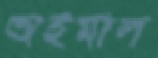
অহমাল